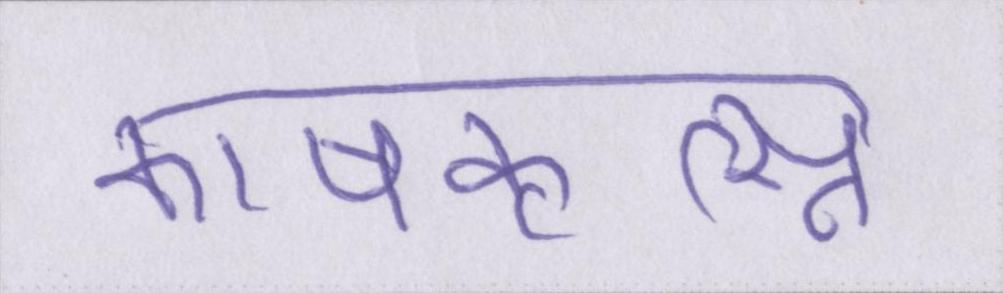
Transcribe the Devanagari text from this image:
काषकृत्स्न